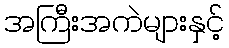
အကြီးအကဲများနှင့်